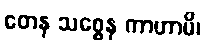
တေန သစ္စေန ကာဟာမိ၊